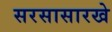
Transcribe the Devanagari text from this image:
सरसासारखे